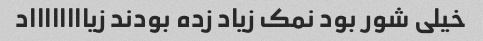
خیلی شور بود نمک زیاد زده بودند زیااااااااد